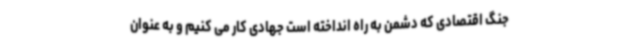
جنگ اقتصادی که دشمن به راه انداخته است جهادی کار می کنیم و به عنوان